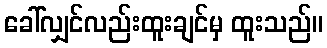
ခေါ်လျှင်လည်းထူးချင်မှ ထူးသည်။